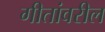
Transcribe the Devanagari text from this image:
गीतांवरील